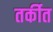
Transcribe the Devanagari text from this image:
तर्कीत